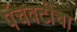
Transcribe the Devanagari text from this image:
पंचवटीचा